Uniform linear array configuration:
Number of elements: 12
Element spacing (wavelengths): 0.25
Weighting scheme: blackman
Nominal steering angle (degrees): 45
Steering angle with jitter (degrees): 46.909
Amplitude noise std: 0.05
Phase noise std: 0.05

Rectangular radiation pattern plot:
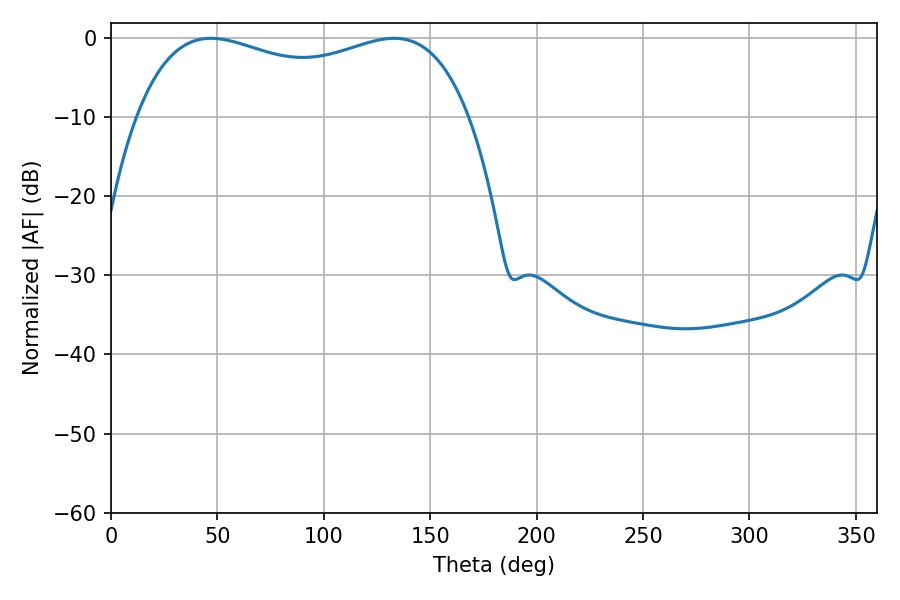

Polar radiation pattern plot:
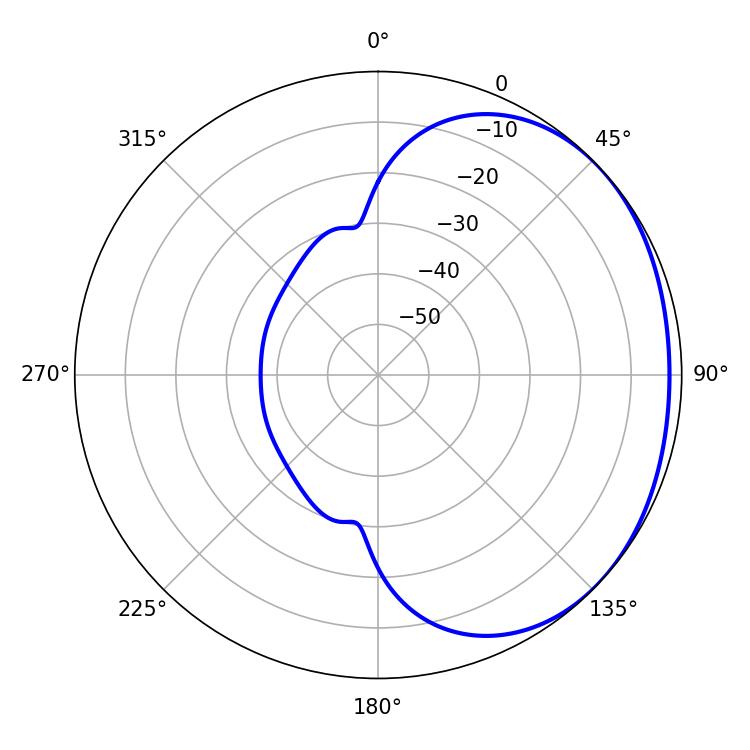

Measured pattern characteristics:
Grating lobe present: FALSE
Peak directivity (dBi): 1.432
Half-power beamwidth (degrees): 128.52
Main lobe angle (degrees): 46.98